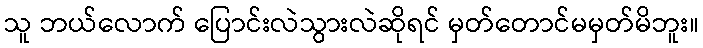
သူ ဘယ်လောက် ပြောင်းလဲသွားလဲဆိုရင် မှတ်တောင်မမှတ်မိဘူး။